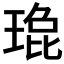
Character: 𬍹